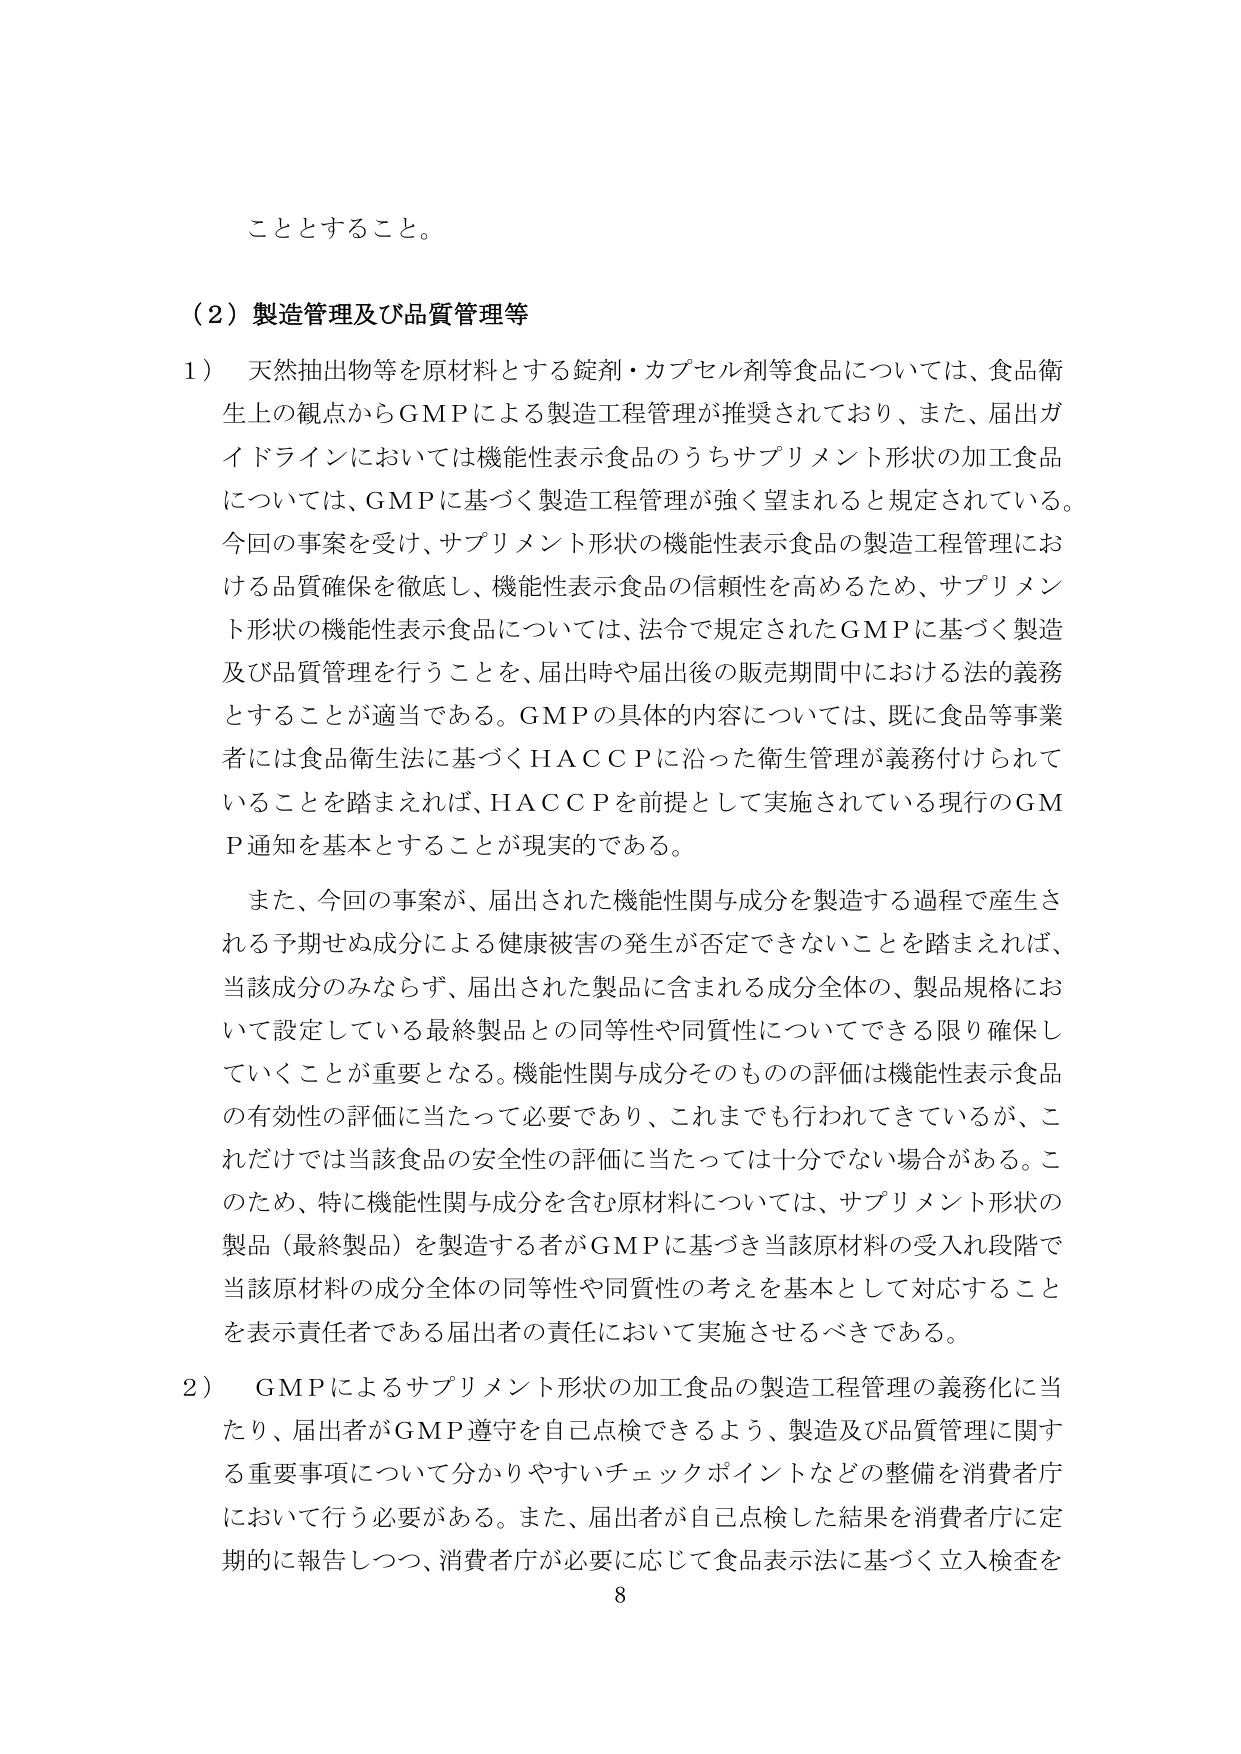
こととすること。

（2）製造管理及び品質管理等

1）天然抽出物等を原材料とする錠剤・カプセル剤等食品については、食品衛生上の観点からGMPによる製造工程管理が推奨されており、また、届出ガイドラインにおいては機能性表示食品のうちサプリメント形状の加工食品については、GMPに基づく製造工程管理が強く望まれると規定されている。今回の事案を受け、サプリメント形状の機能性表示食品の製造工程管理における品質確保を徹底し、機能性表示食品の信頼性を高めるため、サプリメント形状の機能性表示食品については、法令で規定されたGMPに基づく製造及び品質管理を行うことを、届出時や届出後の販売期間中における法的義務とすることが適当である。GMPの具体的内容については、既に食品等事業者には食品衛生法に基づくHACCPに沿った衛生管理が義務付けられていることを踏まえれば、HACCPを前提として実施されている現行のGMP通知を基本とすることが現実的である。

また、今回の事案が、届出された機能性関与成分を製造する過程で産生される予期せぬ成分による健康被害の発生が否定できないことを踏まえれば、当該成分のみならず、届出された製品に含まれる成分全体の、製品規格において設定している最終製品との同等性や同質性についてできる限り確保していくことが重要となる。機能性関与成分そのものの評価は機能性表示食品の有効性の評価に当たって必要であり、これまでも行われてきているが、これだけでは当該食品の安全性の評価に当たっては十分でない場合がある。このため、特に機能性関与成分を含む原材料については、サプリメント形状の製品（最終製品）を製造する者がGMPに基づき当該原材料の受入れ段階で当該原材料の成分全体の同等性や同質性の考えを基本として対応することを表示責任者である届出者の責任において実施させるべきである。

2）GMPによるサプリメント形状の加工食品の製造工程管理の義務化に当たり、届出者がGMP遵守を自己点検できるよう、製造及び品質管理に関する重要事項について分かりやすいチェックポイントなどの整備を消費者庁において行う必要がある。また、届出者が自己点検した結果を消費者庁に定期的に報告しつつ、消費者庁が必要に応じて食品表示法に基づく立入検査を

8